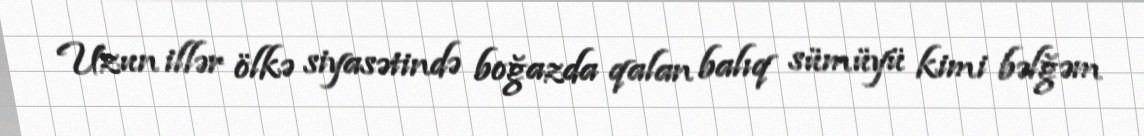
Uzun illər ölkə siyasətində boğazda qalan balıq sümüyü kimi bəlğəm